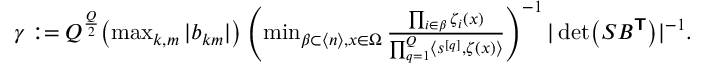
\begin{array} { r } { \gamma : = Q ^ { \frac { Q } { 2 } } \bigl ( \operatorname* { m a x } _ { k , m } | b _ { k m } | \bigr ) \left( \operatorname* { m i n } _ { \beta \subset \langle n \rangle , \boldsymbol { x } \in \Omega } \frac { \prod _ { i \in \beta } \zeta _ { i } ( \boldsymbol { x } ) } { \prod _ { q = 1 } ^ { Q } \langle \boldsymbol { s } ^ { [ q ] } , \boldsymbol { \zeta } ( \boldsymbol { x } ) \rangle } \right) ^ { - 1 } | \operatorname* { d e t } \bigl ( S B ^ { \boldsymbol { \mathsf { T } } } \bigr ) | ^ { - 1 } . } \end{array}